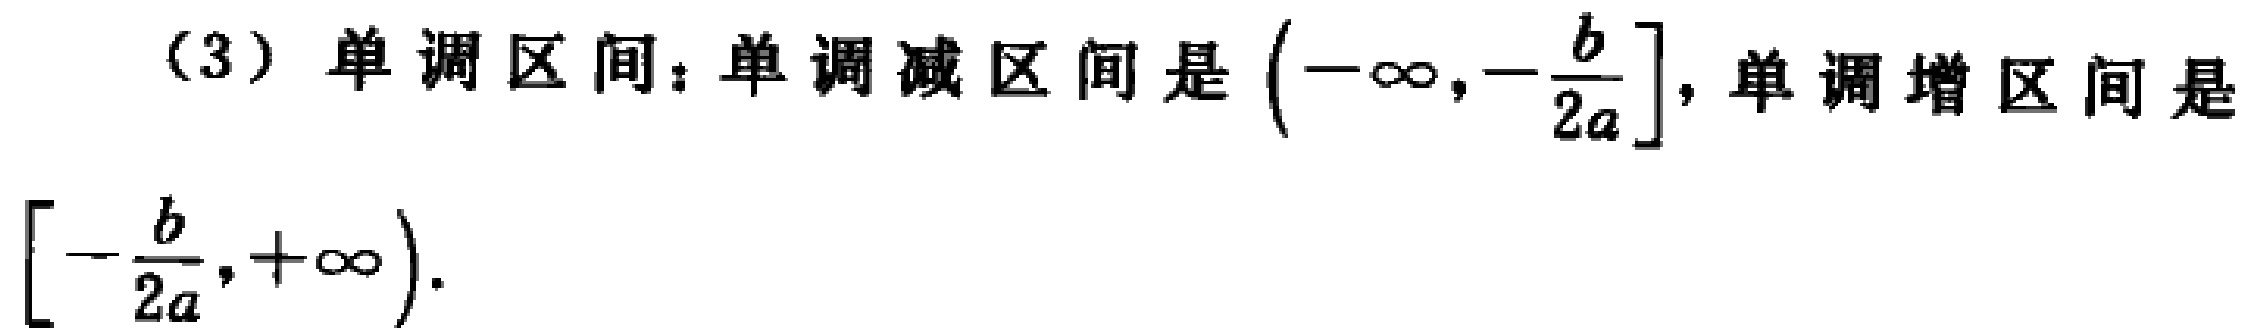
(3) 单调区间：单调减区间是\((-\infty,-\frac{b}{2a}]\)，单调增区间是\([-\frac{b}{2a},+\infty)\)。